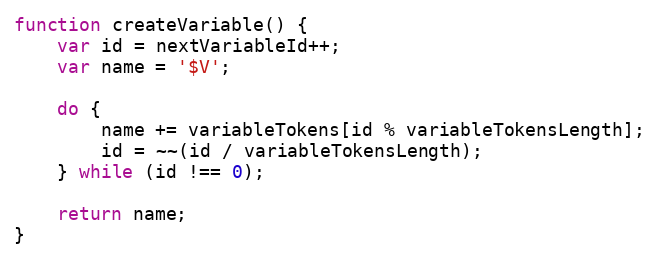
Language: JavaScript
function createVariable() {
    var id = nextVariableId++;
    var name = '$V';

    do {
        name += variableTokens[id % variableTokensLength];
        id = ~~(id / variableTokensLength);
    } while (id !== 0);

    return name;
}